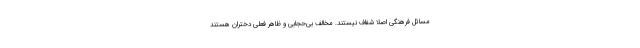
مسائل فرهنگی اصلا شفاف نیستند. مخالف بی‌حجابی و ظاهر فعلی دختران هستند